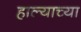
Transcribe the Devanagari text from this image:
हाल्याच्या